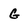
Character: G